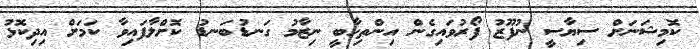
ކޮމިޝަނަށް ސިޔާސީ ނުފޫޒު ފޯރުވައިގެން އިންތިހާބީ ނިޒާމު ގަނޑުބަނޑު ކޮށްލާފައިވާ ކަމަށް އިދިކޮޅު